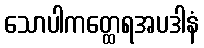
သောပါကတ္ထေရအပဒါနံ